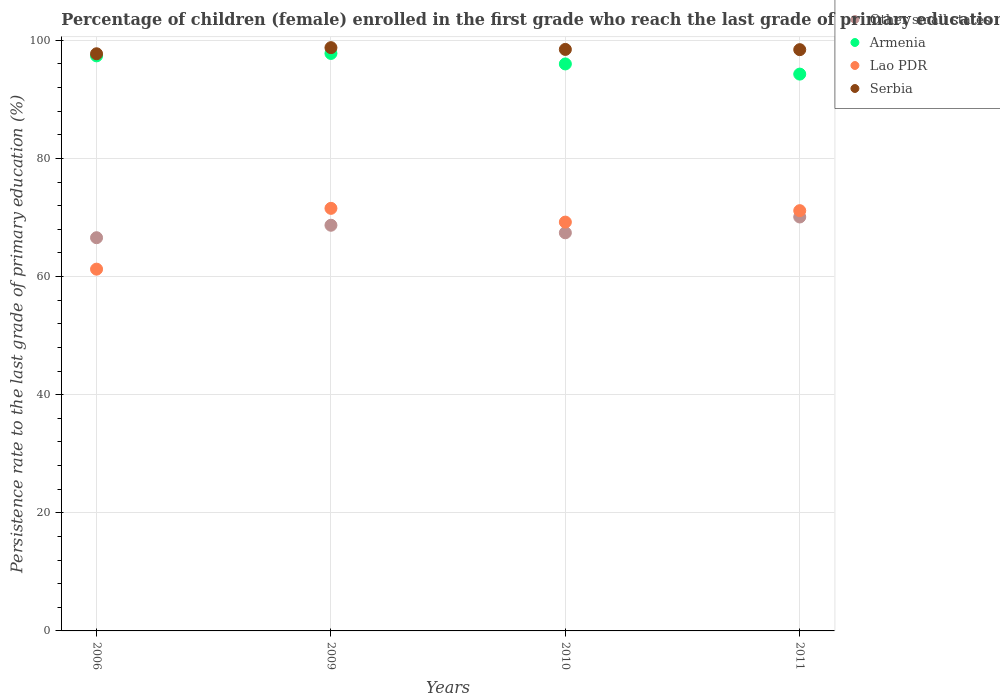
| Years | Other small states | Armenia | Lao PDR | Serbia |
 | --- | --- | --- | --- | --- |
 | 2006 | 66.6 | 97.4 | 61.2 | 97.7 |
 | 2009 | 68.7 | 97.8 | 71.5 | 98.7 |
 | 2010 | 67.4 | 96 | 69.2 | 98.4 |
 | 2011 | 70.1 | 94.3 | 71.1 | 98.4 |